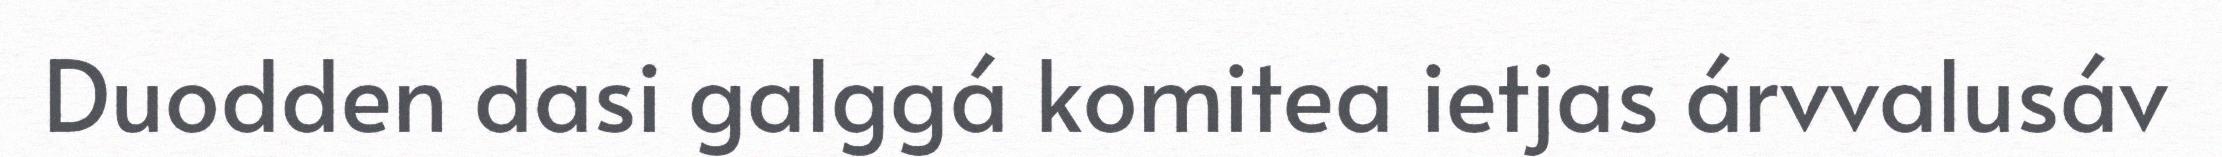
Duodden dasi galggá komitea ietjas árvvalusáv